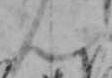
ん